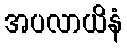
အပလာယိနံ